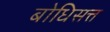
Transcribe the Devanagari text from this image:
बोधिसत्त